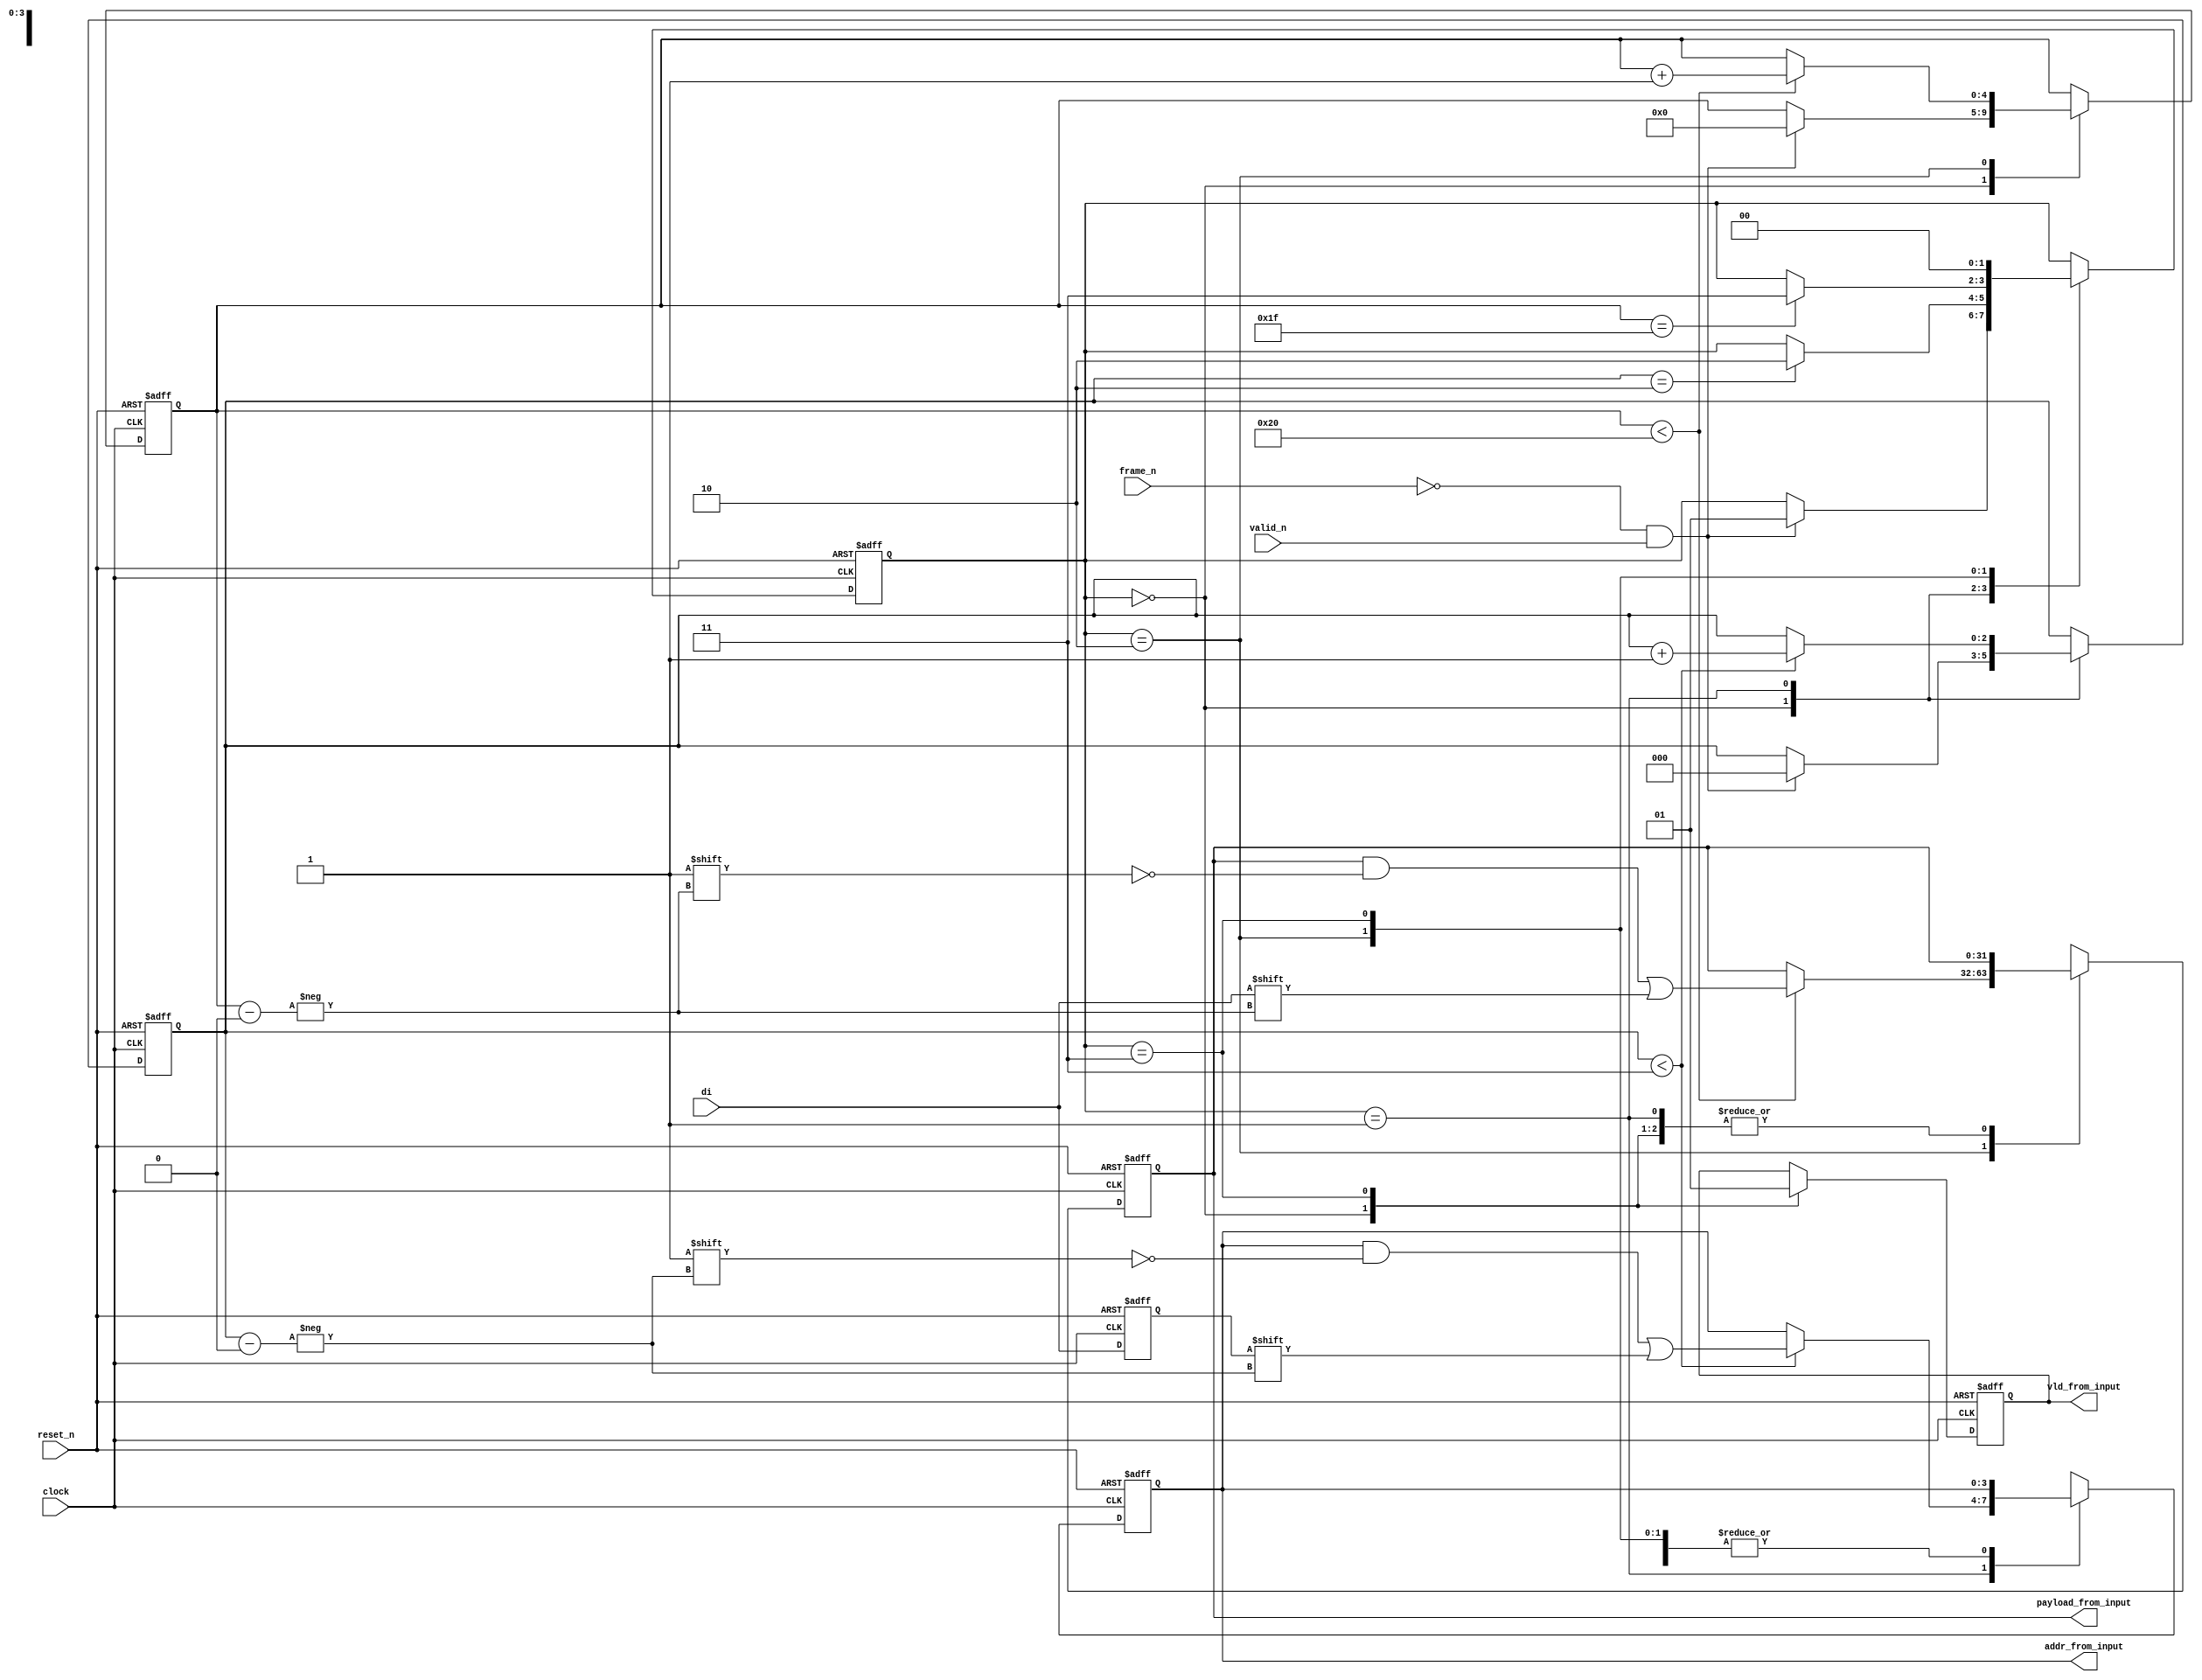
module portin (
    input clock,
    input reset_n,
    input frame_n,
    input valid_n,
    input di,
    output reg [3:0] addr_from_input,
    output reg [31:0] payload_from_input,
    output reg vld_from_input
);

    // State machine states
    localparam IDLE = 0,
               READ_ADDR = 1,
               READ_PAYLOAD = 2,
               COMPLETE = 3;

    reg [1:0] state = IDLE;
    reg [2:0] addr_count;
    reg [4:0] payload_count;
    reg di_latched;

    always @(posedge clock or negedge reset_n) begin
        if (!reset_n) begin
            di_latched <= 0;
        end else begin
            di_latched <= di; // Latch di on every positive edge of the clock
        end
    end

    always @(posedge clock or negedge reset_n) begin
        if (!reset_n) begin
            // Reset logic
            addr_from_input <= 0;
            payload_from_input <= 0;
            vld_from_input <= 0;
            addr_count <= 0;
            payload_count <= 0;
            state <= IDLE;
        end else begin
            case (state)
                IDLE: begin
                    vld_from_input <= 0;
                    if (!frame_n && valid_n) begin // Start of frame
                        state <= READ_ADDR;
                        addr_count <= 0;
                        payload_count <= 0;
                    end
                end
                READ_ADDR: begin
                    if (addr_count < 3) begin
                        addr_from_input[addr_count] <= di_latched; // Storing address in reverse order
                        addr_count <= addr_count + 1;
                    end
                    if (addr_count == 2) begin // Address fully read
                        state <= READ_PAYLOAD;
                    end
                end
                READ_PAYLOAD: begin
		    //if (!frame_n && !valid_n)
		    //begin
                        if (payload_count < 32) begin
                            payload_from_input[payload_count] <= di; // Storing payload
                            payload_count <= payload_count + 1;
                        end
                        if (payload_count == 31) begin // Payload fully read
                            state <= COMPLETE;
                        end
                    //end
		end
                COMPLETE: begin
                    vld_from_input <= 1; // Indicate valid payload
		    $display("%t: -- PORTIN COMPLETE -- Portin: Address = %h, Payload = %h, Valid = %d", $time, addr_from_input, payload_from_input, vld_from_input);
                    state <= IDLE; // Reset state for next frame
                end
            endcase
        end
    end
endmodule